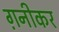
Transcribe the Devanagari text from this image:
ग़नीकर